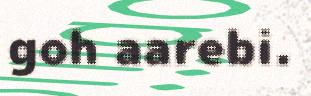
goh aarebi.